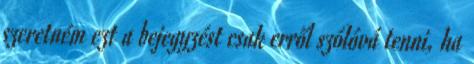
szeretném ezt a bejegyzést csak erről szólóvá tenni, ha